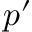
p ^ { \prime }